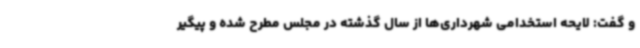
و گفت: لایحه استخدامی شهرداری‌ها از سال گذشته در مجلس مطرح شده و پیگیر